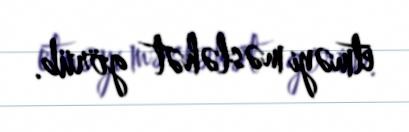
etməyi məsləhət görüb.